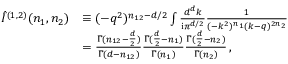
\begin{array} { r l } { \hat { I } ^ { ( 1 , 2 ) } ( n _ { 1 } , n _ { 2 } ) } & { \equiv ( - q ^ { 2 } ) ^ { n _ { 1 2 } - d / 2 } \int \frac { d ^ { d } k } { { \mathrm { i } \pi ^ { d / 2 } } } \frac { 1 } { ( - k ^ { 2 } ) ^ { n _ { 1 } } ( k - q ) ^ { 2 n _ { 2 } } } } \\ & { = \frac { \Gamma ( n _ { 1 2 } - \frac { d } { 2 } ) } { \Gamma ( d - n _ { 1 2 } ) } \frac { \Gamma ( \frac { d } { 2 } - n _ { 1 } ) } { \Gamma ( n _ { 1 } ) } \frac { \Gamma ( \frac { d } { 2 } - n _ { 2 } ) } { \Gamma ( n _ { 2 } ) } \, , } \end{array}